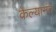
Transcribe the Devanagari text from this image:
केल्यानंत